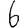
Digit: 6